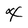
Character: X